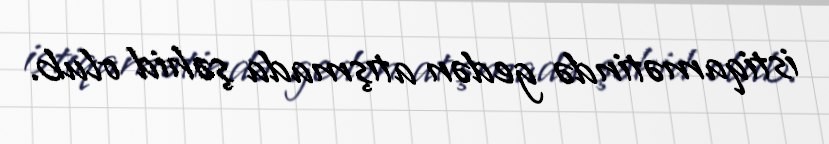
istiqamətində gedən atışmada şəhid olub.